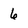
Character: 6